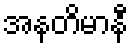
အနတိမာနီ